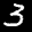
Label: 3